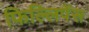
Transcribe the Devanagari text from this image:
फिल्लिपेंस